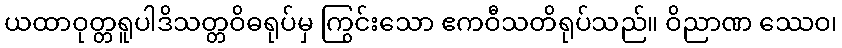
ယထာဝုတ္တရူပါဒိသတ္တဝိဓရုပ်မှ ကြွင်းသော ဧကဝီသတိရုပ်သည်။ ဝိညာဏ ဿေဝ၊